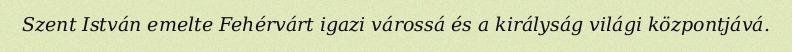
Szent István emelte Fehérvárt igazi várossá és a királyság világi központjává.